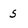
Character: 5